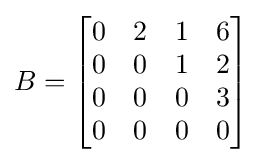
B={\begin{bmatrix}0&2&1&6\\0&0&1&2\\0&0&0&3\\0&0&0&0\end{bmatrix}}